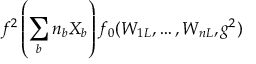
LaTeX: f ^ { 2 } \left( \sum _ { b } n _ { b } X _ { b } \right) f _ { 0 } ( W _ { 1 L } , \ldots , W _ { n L } , g ^ { 2 } )